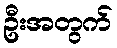
ဦးအတွက်